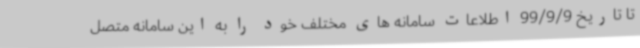
تا تاریخ 99/9/9 اطلاعات سامانه های مختلف خود را به این سامانه متصل